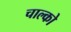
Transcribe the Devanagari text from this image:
चाल्को